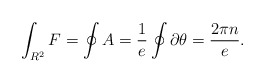
\begin{align*}\int_{R^2} {F} = \oint {A}= \frac{1}{e}\oint \partial\theta=\frac{ 2\pi n }{e} .\end{align*}